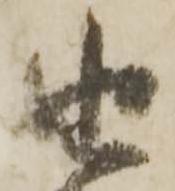
由